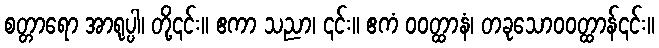
စတ္တာရော အာရုပ္ပါ၊ တို့၎င်း။ ဧကာ သညာ၊ ၎င်း။ ဧကံ ဝဝတ္ထာနံ၊ တခုသောဝဝတ္ထာန်၎င်း။